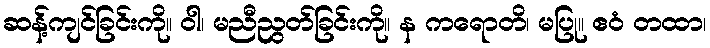
ဆန့်ကျင်ခြင်းကို။ ဝါ၊ မညီညွတ်ခြင်းကို။ န ကရောတိ၊ မပြု။ ဧဝံ တထာ၊